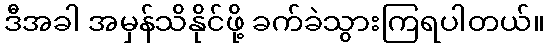
ဒီအခါ အမှန်သိနိုင်ဖို့ ခက်ခဲသွားကြရပါတယ်။